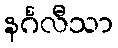
နင်္ဂလီသာ